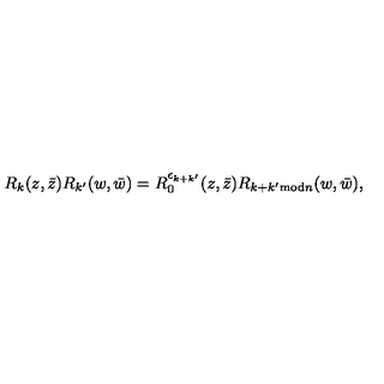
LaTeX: { R } _ { k } ( z , \bar { z } ) { R } _ { k ^ { \prime } } ( w , \bar { w } ) = { R } _ { 0 } ^ { \epsilon _ { k + k ^ { \prime } } } ( z , \bar { z } ) { R } _ { k + k ^ { \prime } \mathrm { m o d } n } ( w , \bar { w } ) ,